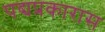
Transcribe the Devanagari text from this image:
पद्यप्रकारास